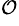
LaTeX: ^\mathcal{O}